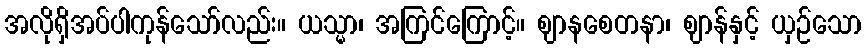
အလိုရှိအပ်ပါကုန်သော်လည်း။ ယသ္မာ၊ အကြင်ကြောင့်။ ဈာနစေတနာ၊ ဈာန်နှင့် ယှဉ်သော